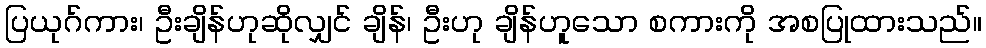
ပြယုဂ်ကား၊ ဦးချိန်ဟုဆိုလျှင် ချိန်၊ ဦးဟု ချိန်ဟူသော စကားကို အစပြုထားသည်။